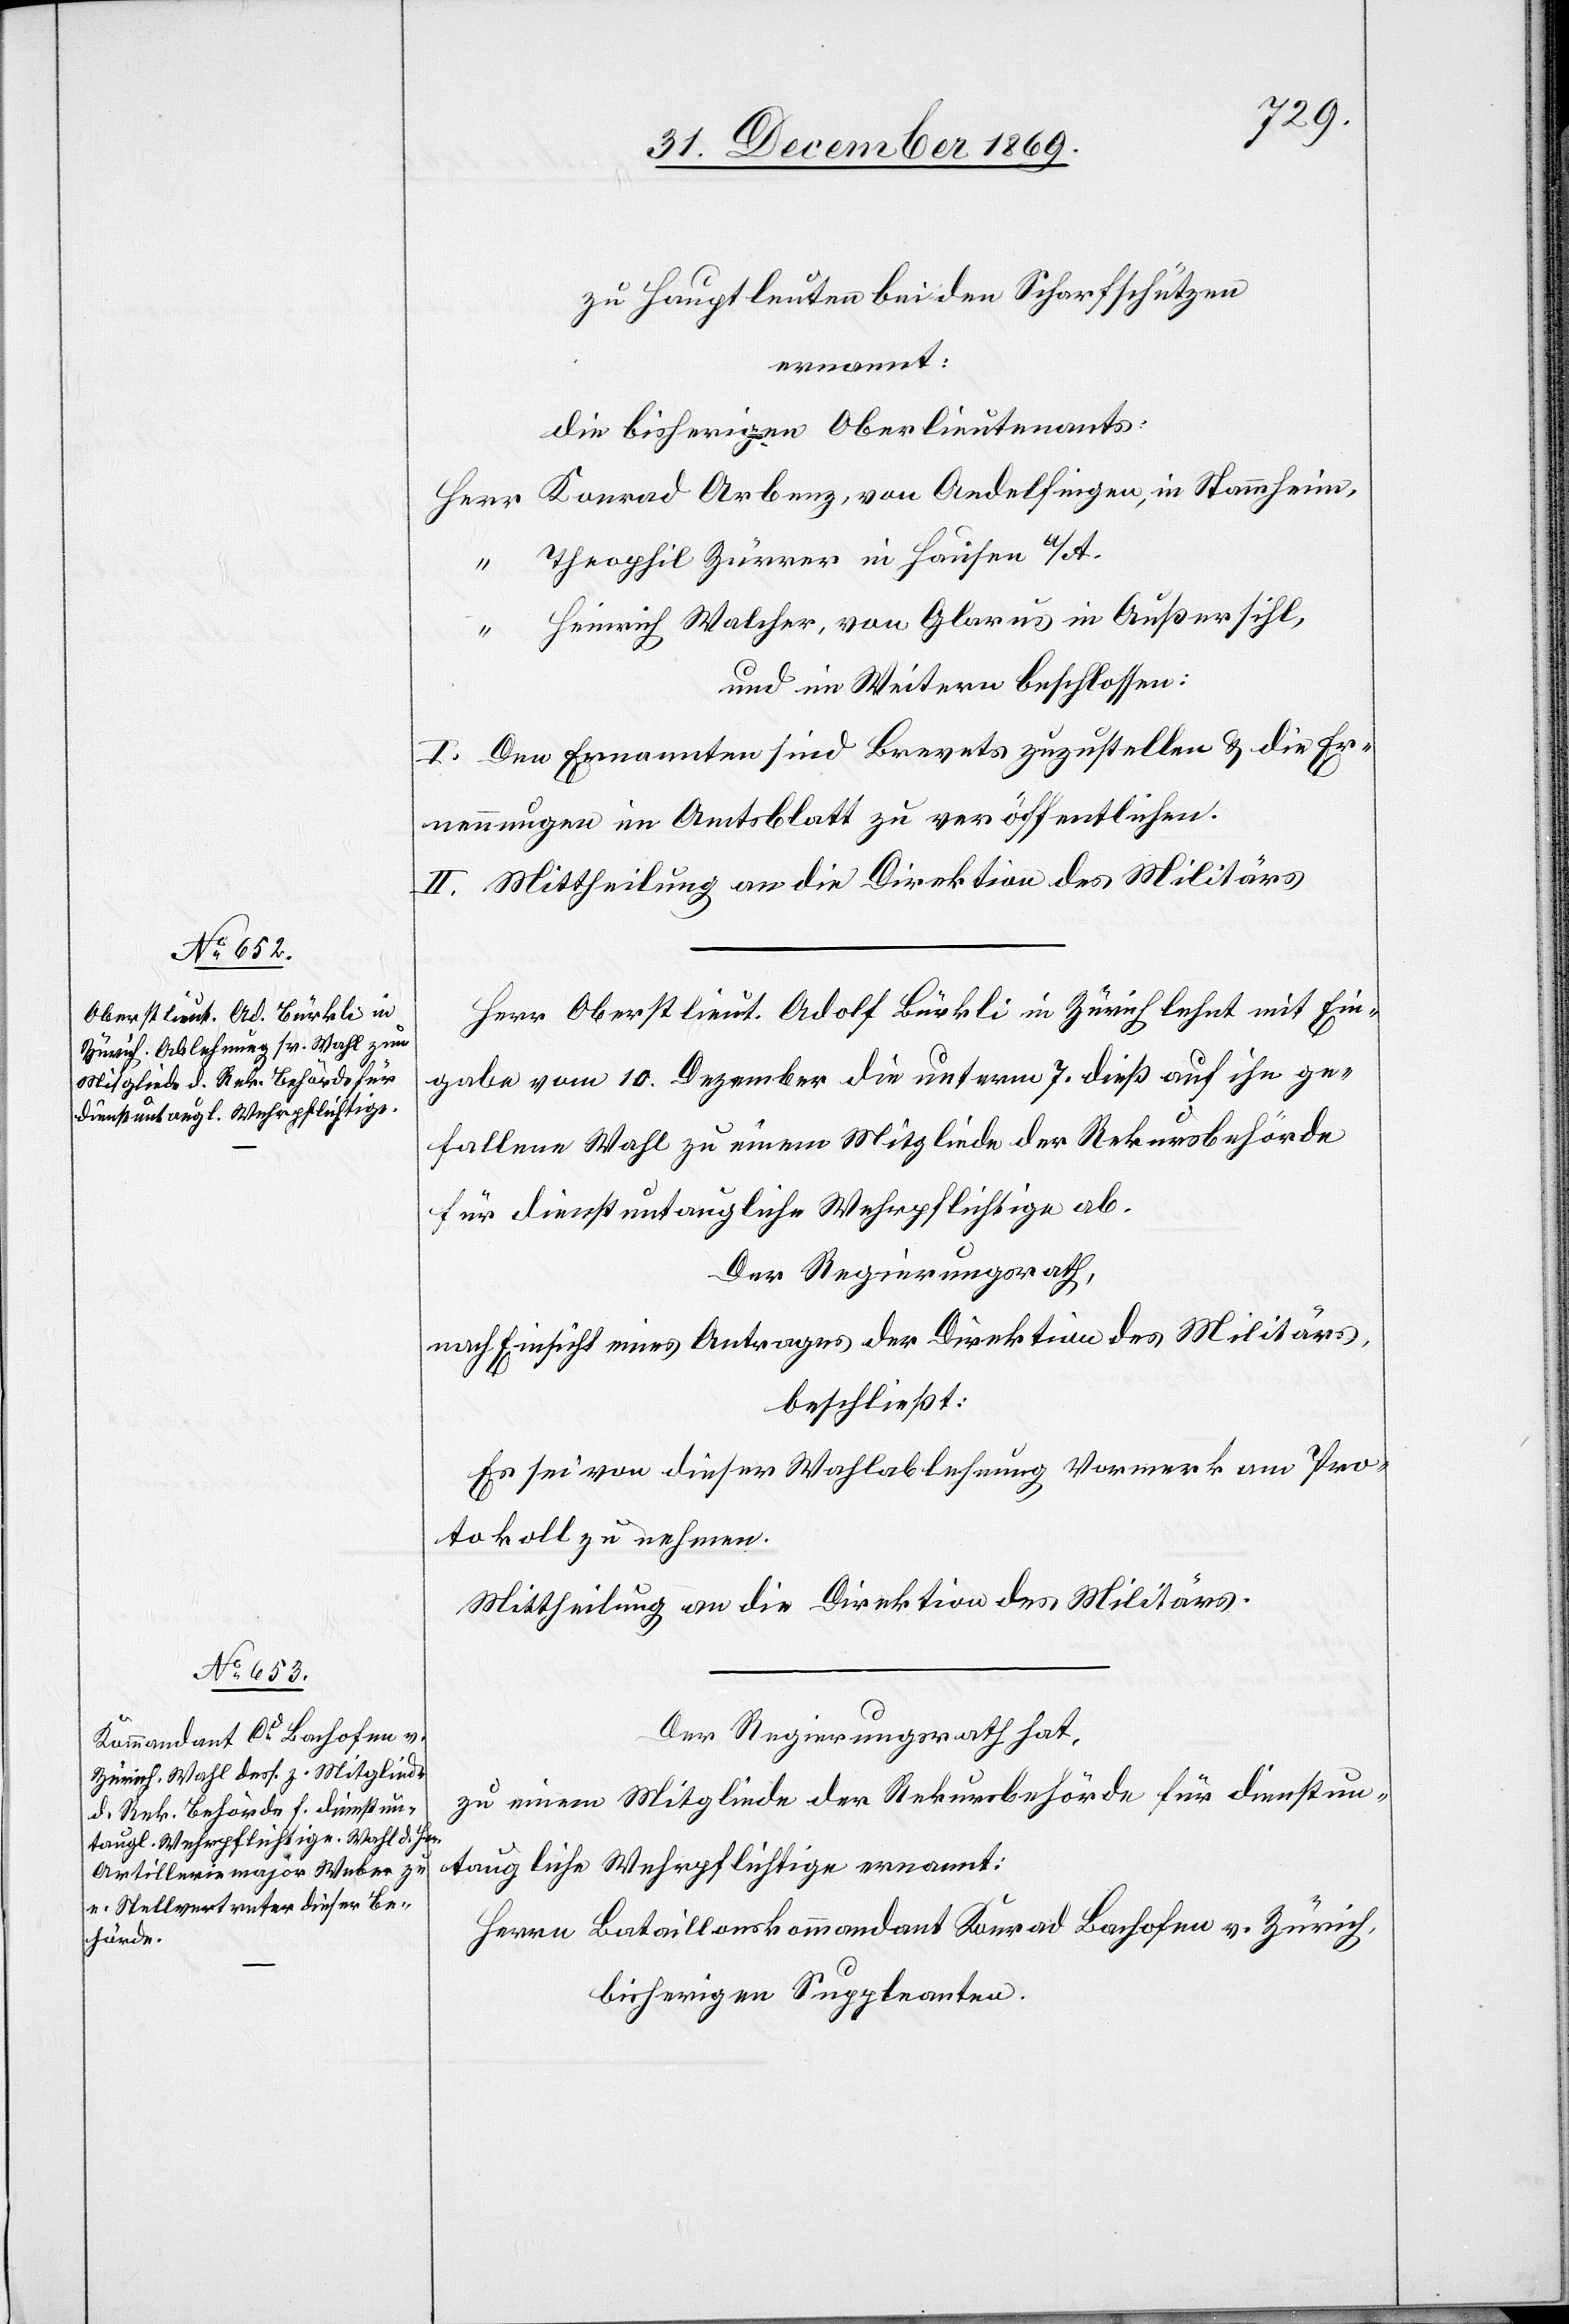
zu Hauptleuten bei den Scharfschützen
ernannt:
die bisherigen Oberlieutenants:
Herr Konrad Arbenz, von Andelfingen, in Stammheim,
“ Theophil Zürrer in Hausen a/A.
Heinrich Walcher, von Glarus in Außersihl,
und im Weitern beschlossen:
I. Den Ernannten sind Brevets zuzustellen & die Er¬
nennungen im Amtsblatt zu veröffentlichen.
II. Mittheilung an die Direktion des Militärs[.]
Herr Oberstlieut. Adolf Bürkli in Zürich lehnt mit Ein¬
gabe vom 10. Dezember die unterm 7. dieß auf ihn ge¬
fallene Wahl zu einem Mitgliede der Rekursbehörde
für dienstuntaugliche Wehrpflichtige ab.
Der Regierungsrath,
nach Einsicht eines Antrages der Direktion des Militärs,
beschließt:
Es sei von dieser Wahlablehnung Vormerk am Pro¬
tokoll zu nehmen.
Mittheilung an die Direktion des Militärs.
Der Regierungsrath hat,
zu einem Mitgliede der Rekursbehörde für dienstun¬
taugliche Wehrpflichtige ernannt:
Herrn Bataillonskommandant Konrad Bachofen v. Zürich,
bisherigen Suppleanten.